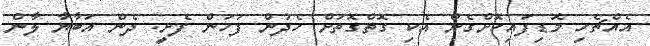
އެއްޗެހި މޮޑިފައިކޮށްގެން އެކި ގޮތްގޮތަށް ހެދުން ފަހަން ފެށީ. ދެން އަބާޔާ ލާން